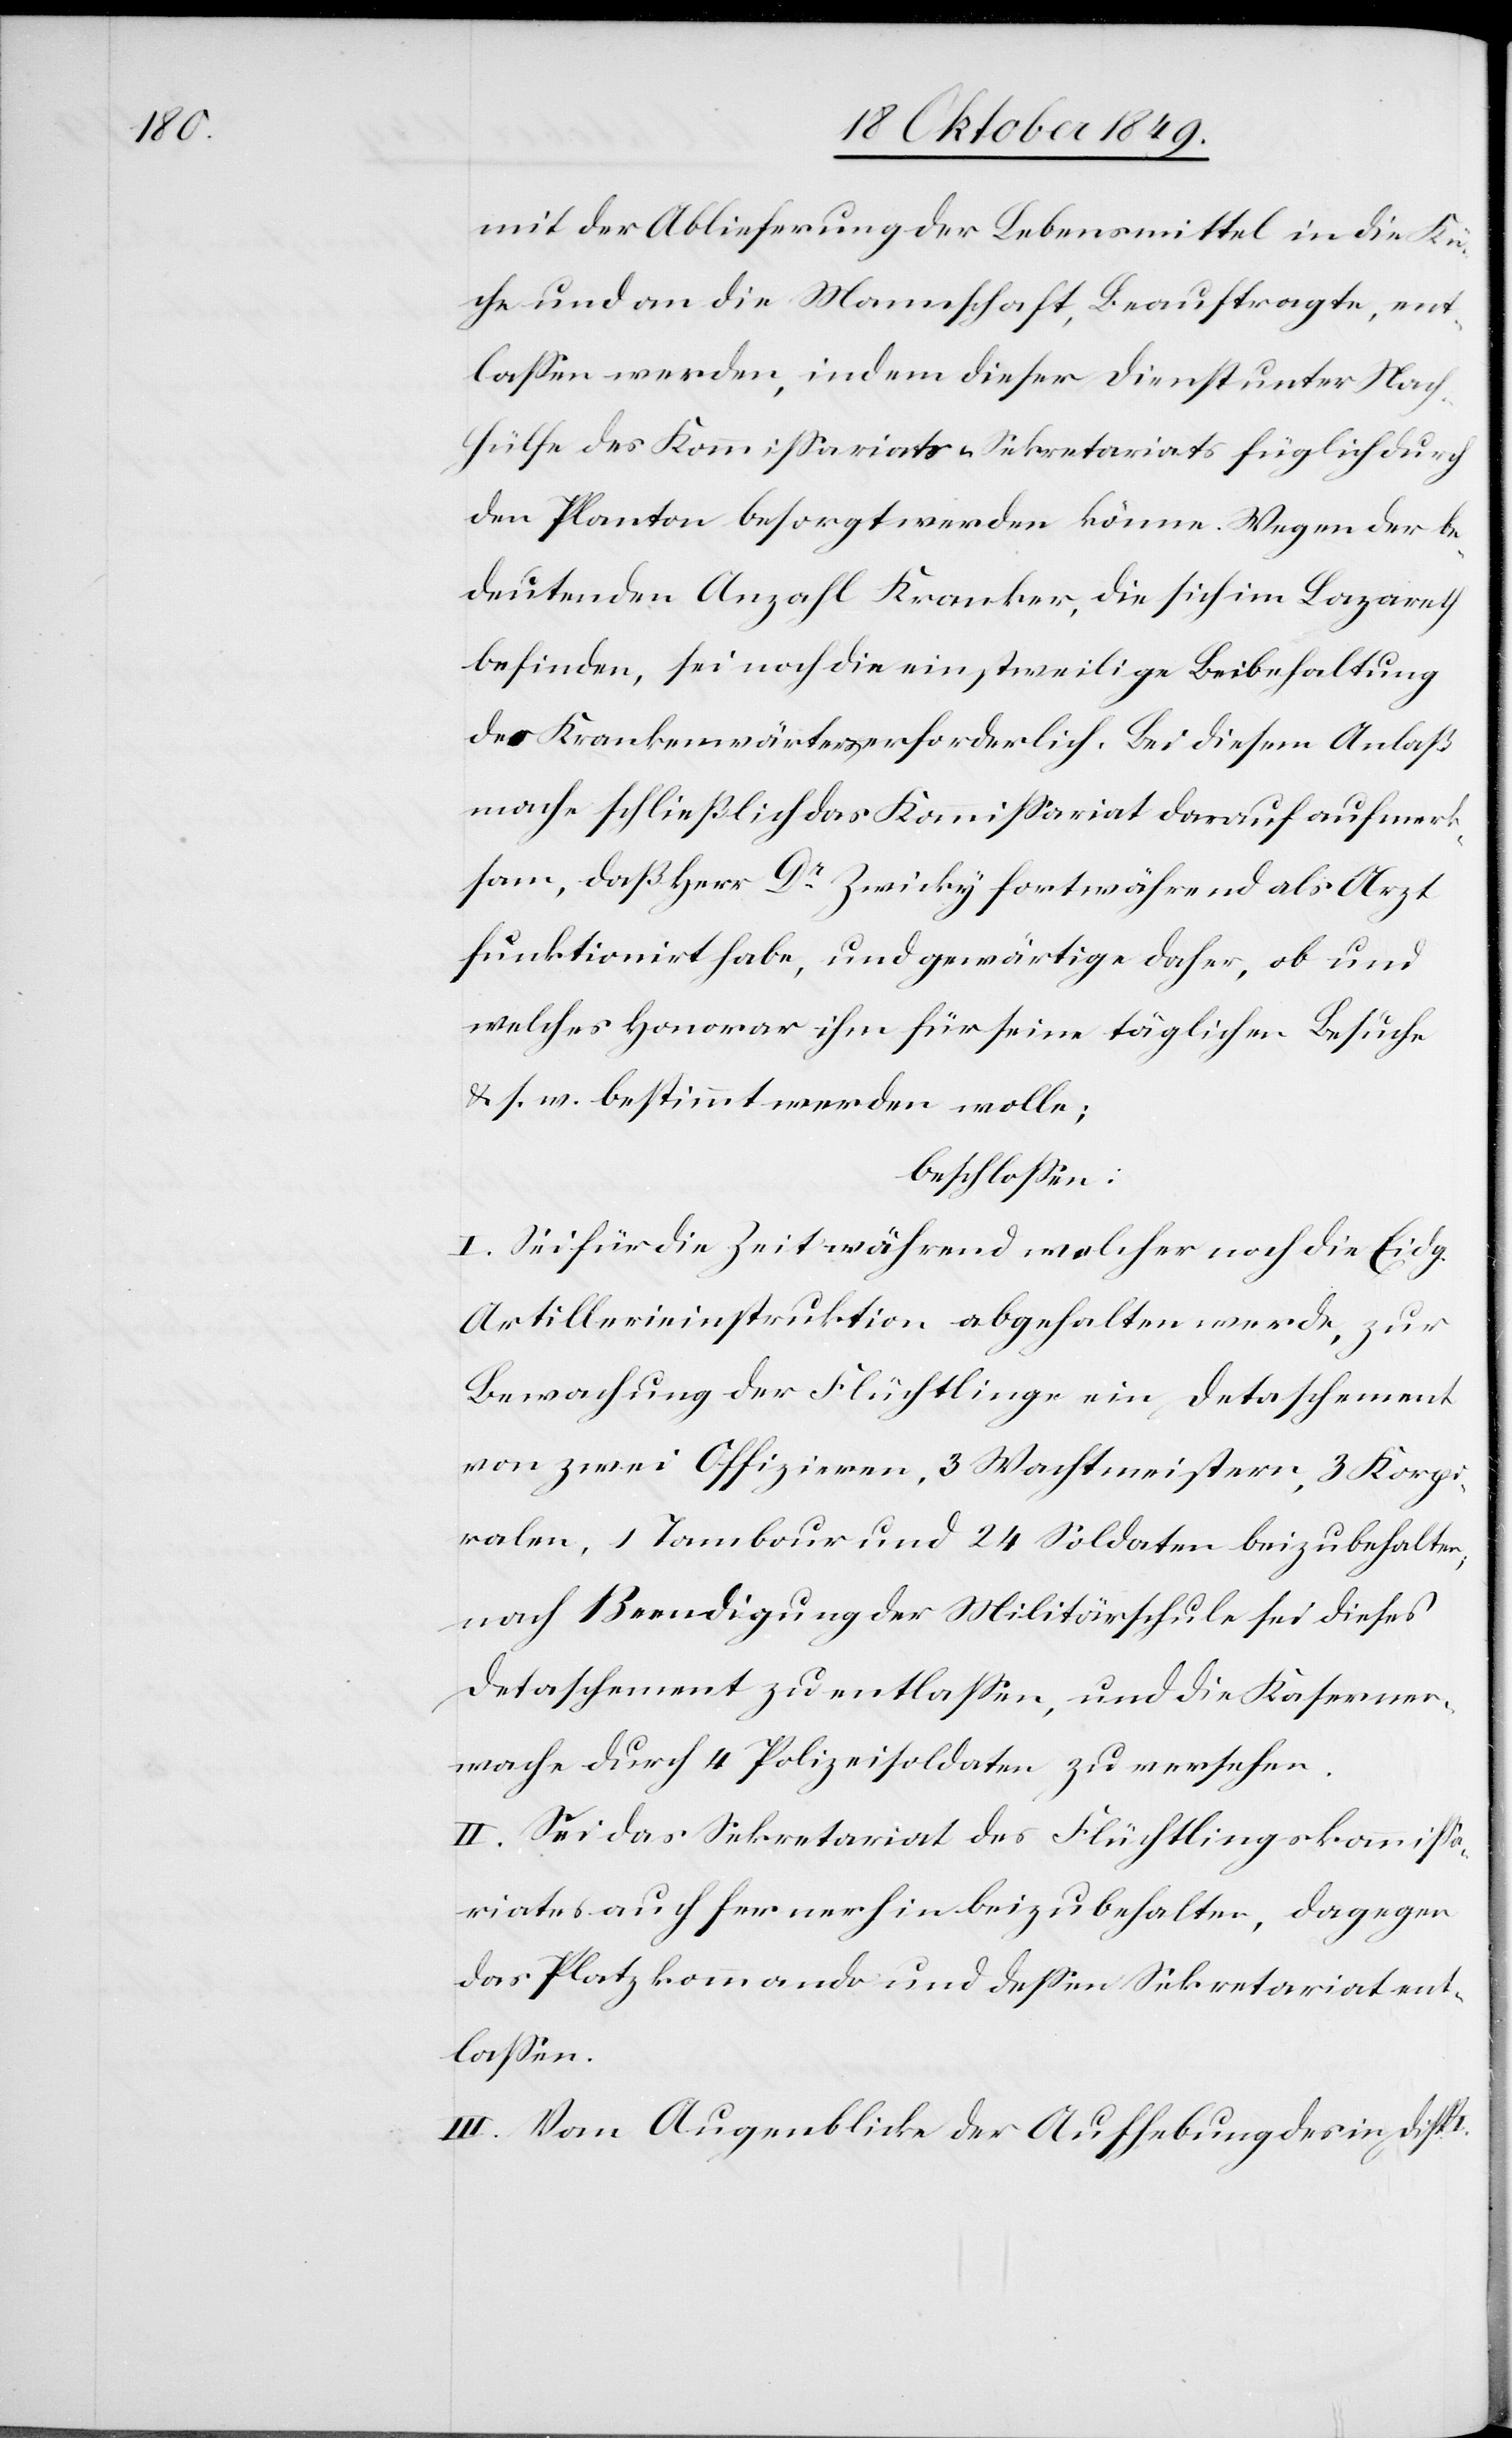
mit der Ablieferung der Lebensmittel in die Kü¬
che und an die Mannschaft, Beauftragte, ent¬
laßen werden, indem dieser Dienst unter Nach¬
hülfe des Kommißariats- u. Sekretariats füglich durch
den Planton besorgt werden könne. Wegen der b¬
edeutenden Anzahl Kranken, die sich im Lazareth
befinden, sei noch die einstweilige Beibehaltung
des Krankenwärters erforderlich. Bei diesem Anlaß
mache schließlich das Kommißariat darauf aufmer¬
ksam, daß Herr Dr Zwicky fortwährend als Arzt
funktionirt habe, und gewärtige daher, ob und
welches Honorar ihm für seine täglichen Besuche
u. s. w. bestimmt werden wolle;
beschloßen:
I. Sei für die Zeit während welcher noch die Eidg.
Artillerieinstruktion abgehalten werde, zur
Bewachung der Flüchtlinge ein Detaschement
von zwei Offizieren, 3 Wachtmeistern, 3 Korpo¬
ralen, 1 Tambaur und 24 Soldaten beizubehalten,
nach Beendigung der Militärschule sei dieses
Detaschement zu entlaßen, und die Kasernen¬
wache durch 4 Polizeisoldaten zu versehen.
II. Sei das Sekretariat des Flüchtlingskommißa¬
riates auch fernerhin beizubehalten, dagegen
das Platzkommando und deßen Sekretariat ent¬
laßen.
III. Vom Augenblicke der Aufhebung des in Disp.